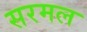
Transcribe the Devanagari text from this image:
सरमल